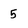
Character: 5